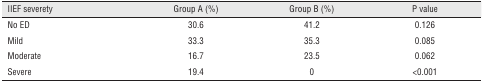
<table><thead><tr><td><b>IIEF severety</b></td><td><b>Group A (%)</b></td><td><b>Group B (%)</b></td><td><b>P value</b></td></tr></thead><tbody><tr><td>No ED</td><td>30.6</td><td>41.2</td><td>0.126</td></tr><tr><td>Mild</td><td>33.3</td><td>35.3</td><td>0.085</td></tr><tr><td>Moderate</td><td>16.7</td><td>23.5</td><td>0.062</td></tr><tr><td>Severe</td><td>19.4</td><td>0</td><td>&lt;0.001</td></tr></tbody></table>